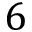
6